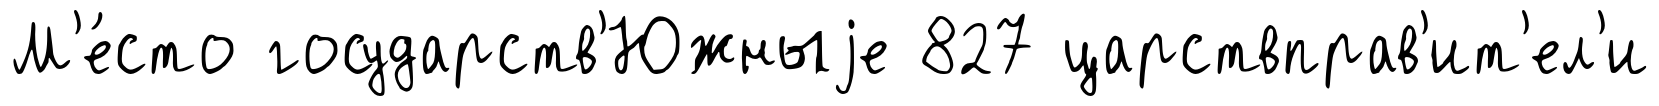
М'е́сто государств'Южныjе 827 царствправ'ит'ел'и